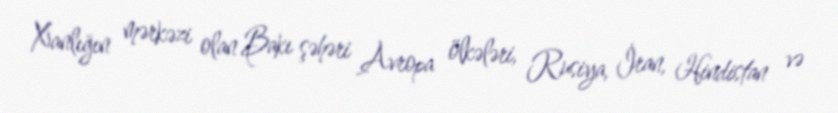
Xanlığın mərkəzi olan Bakı şəhəri Avropa ölkələri, Rusiya, İran, Hindistan və